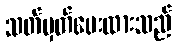
သတ်မှတ်ပေးထားသည်